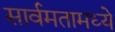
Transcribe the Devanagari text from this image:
सार्वमतामध्ये